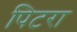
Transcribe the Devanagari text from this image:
पिटरा